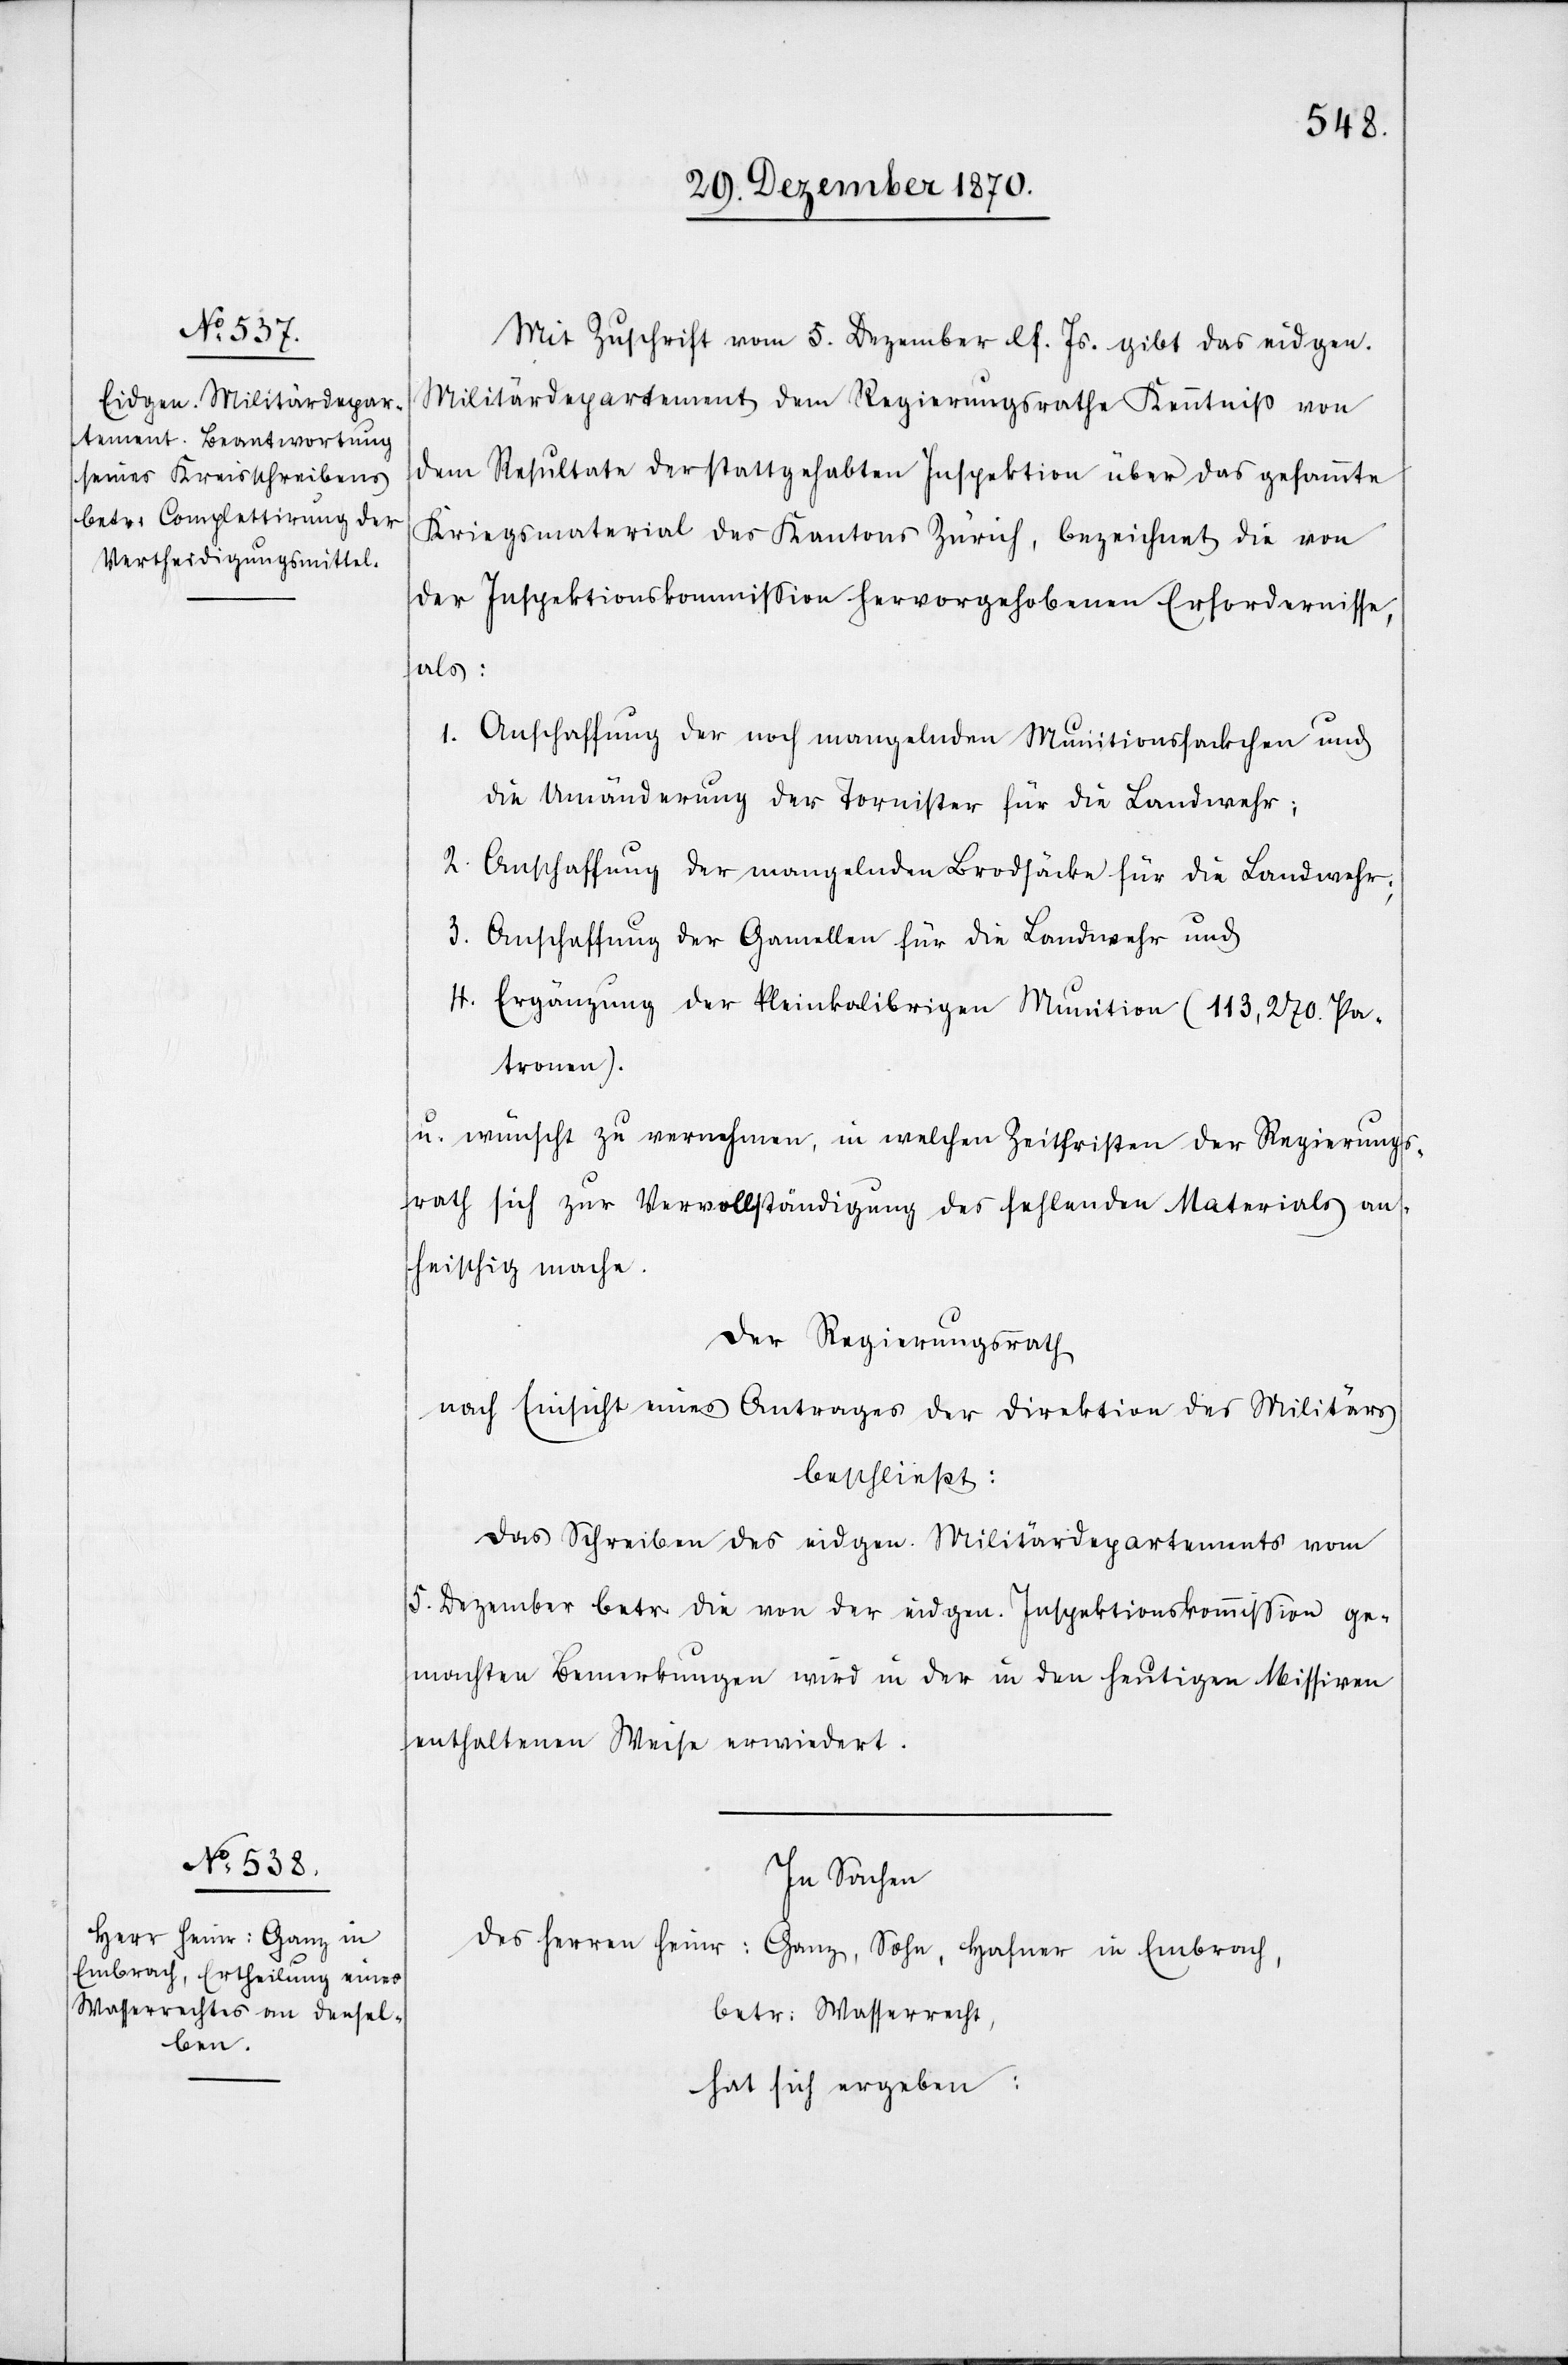
Mit Zuschrift vom 5. Dezember lf. Js. gibt das eidgen.
Militärdepartement dem Regierungsrathe Kenntniß von
dem Resultate der stattgehabten Inspektion über das gesammte
Kriegsmaterial des Kantons Zürich, bezeichnet die von
der Inspektionskomißion hervorgehobenen Erfordernisse,
als:
1.
Anschaffung der noch mangelnden Munitionssäckchen und
die Umänderung der Tornister für die Landwehr;
2. Anschaffung der mangelnden Brodsäcke für die Landwehr;
3. Anschaffung der Gamellen für die Landwehr und
4. Ergänzung der kleinkalibrigen Munition (113,270. Pa¬
tronen).
u. wünscht zu vernehmen, in welchen Zeitschriften der Regierungs¬
rath sich zur Vervollständigung des fehlenden Materials an¬
heischig mache.
Der Regierungsrath
nach Einsicht eines Antrages der Direktion des Militärs
beschließt:
Das Schreiben des eidgen. Militärdepartements vom
5. Dezember betr die von der eidgen. Inspektionskommißion ge¬
machten Bemerkungen wird in der in den heutigen Missiven
enthaltenen Weise erwiedert.
In Sachen
des Herren Heinr: Ganz, Sohn, Hafner in Embrach,
betr: Wasserrecht,
hat sich ergeben: